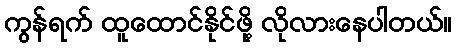
ကွန်ရက် ထူထောင်နိုင်ဖို့ လိုလားနေပါတယ်။